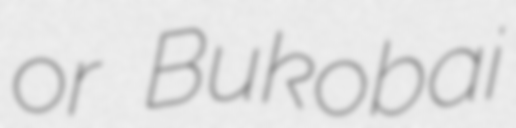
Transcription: or Bukobai